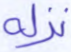
نزله